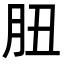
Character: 䏔